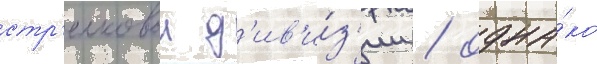
стр'елковои д'ив'и́з'ии / одна́ко